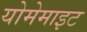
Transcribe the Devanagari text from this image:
योमेमाइट